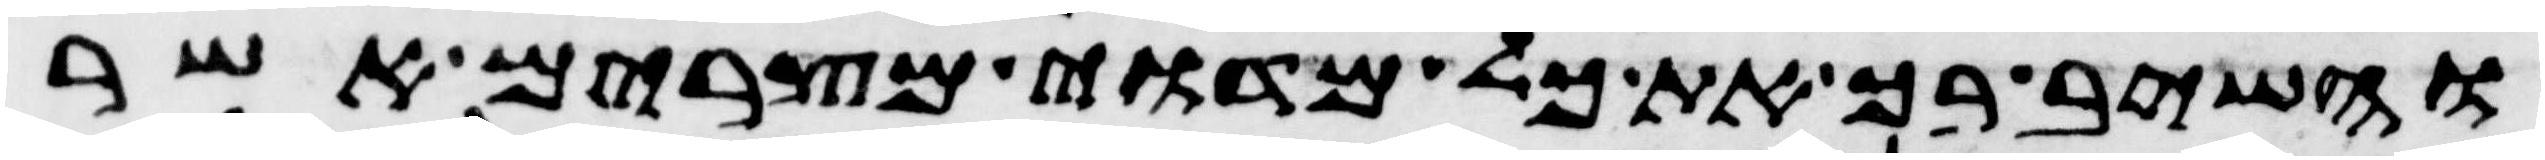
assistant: והשיב בך את כל מדוי מצרים אשר